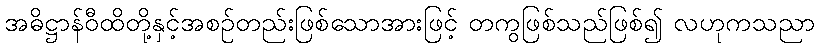
အဓိဋ္ဌာန်ဝီထိတို့နှင့်အစဉ်တည်းဖြစ်သောအားဖြင့် တကွဖြစ်သည်ဖြစ်၍ လဟုကသညာ